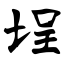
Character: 埕